Report of the Indian Hemp Drugs Commission, 1894-1895 - Volume VI
Year: 1894
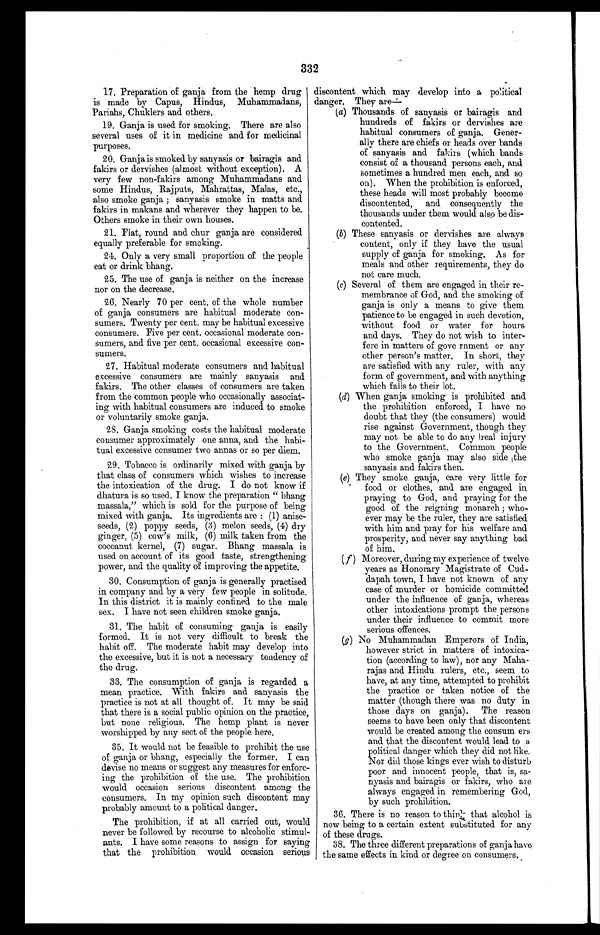
332
17. Preparation of ganja from the hemp drug
is made by Capus, Hindus, Muhammadans,
Pariahs, Chuklers and others.
19.Ganja is used for smoking. There are also
several uses of it in medicine and for medicinal
purposes.
20.Ganja is smoked by sanyasis or bairagis and
fakirs or dervishes (almost without exception). A
very few non-fakirs among Muhammadans and
some Hindus, Rajputs, Mahrattas, Malas, etc.,
also smoke ganja; sanyasis smoke in matts and
fakirs in makans and wherever they happen to be.
Others smoke in their own houses.
21.Flat, round and chur ganja are considered
equally preferable for smoking.
24.Only a very small proportion of the people
eat or drink, bhang.
25.The use of ganja is neither on the increase
nor on the decrease.
26.Nearly 70 per cent. of the whole number
of ganja consumers are habitual moderate con–-
sumers. Twenty per cent. may be habitual excessive
consumers. Five per cent, occasional moderate con–-
sumers, and five per cent, occasional excessive con-
– s u m e r s .
27.Habitual moderate consumers and habitual
excessive consumers are mainly sanyasis and
fakirs. The other classes of consumers are taken
from the common people who occasionally associat–-
ing with habitual consumers are induced to smoke
or voluntarily smoke ganja.
Ganja smoking costs the habitual moderate
consumer approximately one anna, and the habi–-
tual excessive consumer two annas or so per diem.
29.Tobacco is ordinarily mixed with ganja by
that class of consumers which wishes to increase
the intoxication of the drug. I do not know if
dhatura is so used. I know the preparation " bhang
massala," which is sold for the purpose of being
mixed with ganja. Its ingredients are: (1) anise-
seeds, (2) poppy seeds, (3) melon seeds, (4) dry
ginger, (5) cow's milk, (6) milk taken from the
cocoanut kernel, (7) sugar. Bhang massala is
used on account of its good taste, strengthening
power, and the quality of improving the appetite.
30.Consumption of ganja is generally practised
in company and by a very few people in solitude,
In this district it is mainly confined to the male
sex. I have not seen children smoke ganja.
31.The habit of consuming ganja is easily
formed. It is not very difficult to break the
habit off. The moderate habit may develop into
the excessive, but it is not a necessary tendency of
the drug.
33. The consumption of ganja is regarded a
mean practice. With fakirs and sanyasis the
practice is not at all thought of. It may be said
that there is a social public opinion on the practice,
but none religious. The hemp plant is never
worshipped. by any sect of the people here.
35. It would not be feasible to prohibit the use
of ganja or bhang, especially the former. I can
devise no means or suggest any measures for enforc-
ing the prohibition of the use. The prohibition
would occasion serious discontent among the
consumers. In my opinion such discontent may
probably amount to a political danger.
The prohibition, if at all carried out, would
never be followed by recourse to alcoholic stimul–-
ants. I have some reasons to assign for saying
that the prohibition would occasion serious
discontent which may develop into a political
danger. They are
—
(a) Thousands of sanyasis or bairagis and
hundreds of fakirs or dervishes are
habitual consumers of ganja. Gener
–ally there are chiefs or heads over bands
of sanyasis and fakirs (which bands
consist of a thousand .persons each, and
sometimes a hundred men each, and so
on). When the prohibition is enforced,
these heads will most probably become
discontented, and consequently the
thousands under them would also be dis-
–contented.
(b)These sanyasis or dervishes are always
content, only if they have the usual
supply of ganja for smoking. As for
meals and other requirements, they do
not care much.
(
c
) Several of t hem are engaged i n t hei r re–-
membrance of God, and the smoking of
ganja is only a means to give them
patience to be engaged in such devotion,
without food or water for hours
and days. They do not wish to inter-
fere in matters of government or any
other person's matter, In short, they
are satisfied with any ruler, with any
form of government, and with anything
which falls to their lot.
(
d
) W h e n g a n j a s m o k i n g i s p r o h i b i t e d a n d
the prohibition enforced, I have no
doubt that they (the consumers) would
rise against Government, though they
may not be able to do any heal injury
to the Government. Common people
who smoke ganja may also side the
sanyasis and fakirs then.
(
e
) T h e y s m o k e g a n j a , c a r e v e r y l i t t l e f o r
food or cl ot hes, and are engaged i n
praying to God, and praying for the
good of the reigning monarch; who-
– e v e r m a y b e t h e r u l e r , t h e y a r e s a t i s f i e d
with him and pray for his welfare and
prosperity, and never say anything bad
of him.
( f) Moreover, during my experience of twelve
years as Honorary Magistrate of Cud-
– d a p a h t o w n , I h a v e n o t k n o w n o f a n y
case of murder or homicide committed
under the influence of ganja, whereas
other intoxications prompt the persons
under their influence to commit more
serious offences.
(g) No Muhammadan Emperors of India,
however strict in matters of intoxica-
–tion (according to law), nor any Maha-
– r a j a s a n d H i n d u r u l e r s , e t c . , s e e m t o
have, at any time, attempted to prohibit
the practice or taken notice of the
matter (though there was no duty in
those days on ganja). The reason
seems to have been only that discontent
would be created among the consum ers
and that the discontent would lead to a
political danger which they did not like.
Nor did those kings ever wish to disturb
poor and innocent people, that is, sa-
nyasis and bairagis or fakirs, who are
always engaged in remembering God,
by such prohibition.
36. There is no reason to think that alcohol is
now being to a certain extent substituted for any
of these drugs.
38. The three different preparations of ganja have
the same effects in kind or degree on consumers.